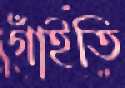
গাঁইতি